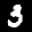
Label: 3